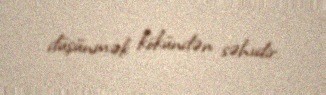
düşünmək kökündən səhvdir.